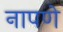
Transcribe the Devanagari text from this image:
नापणे